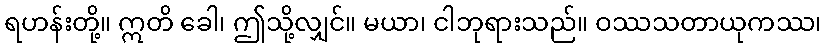
ရဟန်းတို့။ ဣတိ ခေါ၊ ဤသို့လျှင်။ မယာ၊ ငါဘုရားသည်။ ဝဿသတာယုကဿ၊